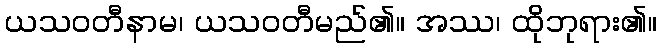
ယသဝတီနာမ၊ ယသဝတီမည်၏။ အဿ၊ ထိုဘုရား၏။